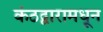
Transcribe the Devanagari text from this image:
कंठद्वारामधून